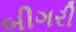
બીગરી